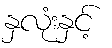
နှလုံးနှင့်